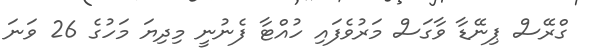
ގްރޭސް ޕިނޭޑާ ވާގަސް މަރުވެފައި ހުއްޓާ ފެނުނީ މިދިޔަ މަހުގެ 26 ވަނަ